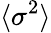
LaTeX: \langle{\sigma^{2}}\rangle